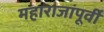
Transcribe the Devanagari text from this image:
महाराजांपूर्वी